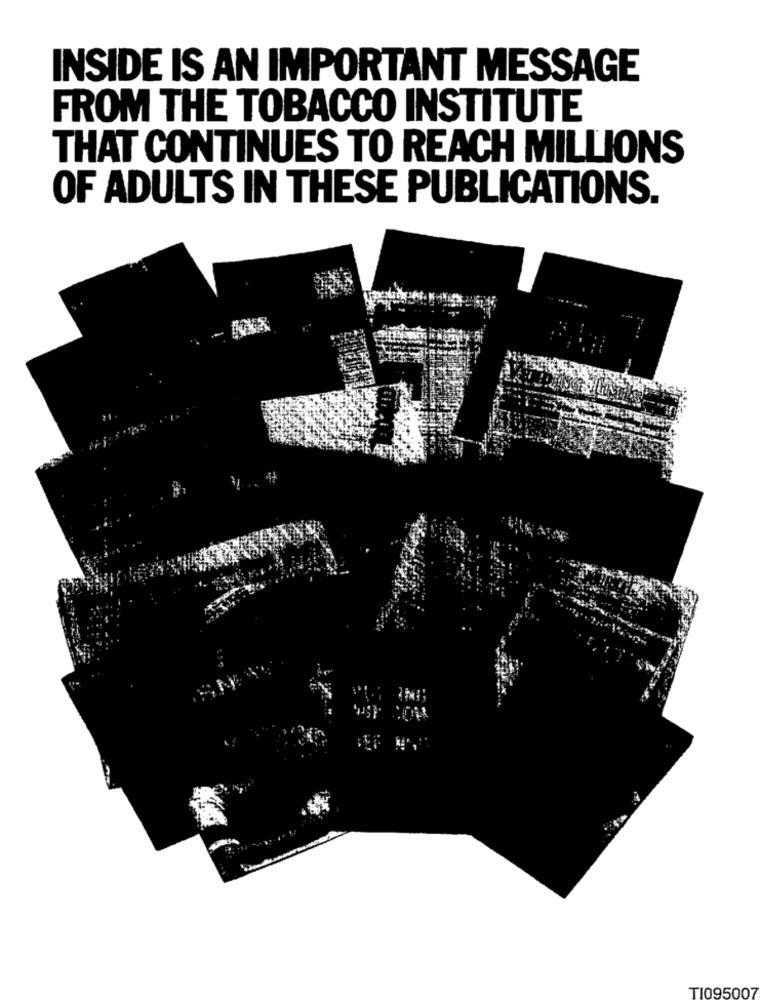
INSIDE IS AN IMPORTANT MESSAGE
FROM THE TOBACCO INSTITUTE
THAT CONTINUES TO REACH MILLIONS
OF ADULTS IN THESE PUBLICATIONS.
TI095007